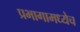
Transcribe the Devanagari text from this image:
प्रभागामध्येच